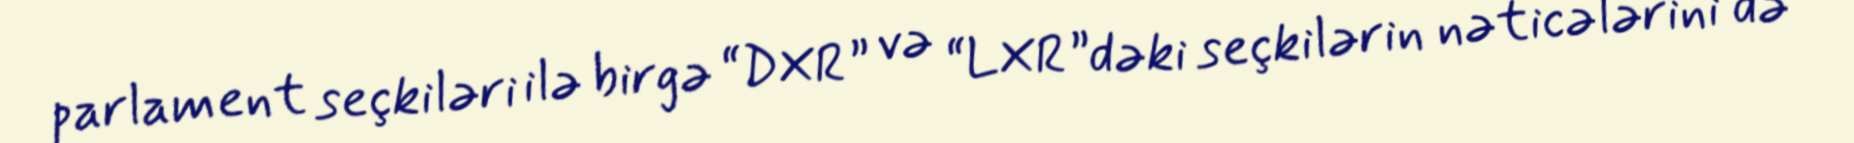
parlament seçkiləri ilə birgə “DXR” və “LXR”dəki seçkilərin nəticələrini də